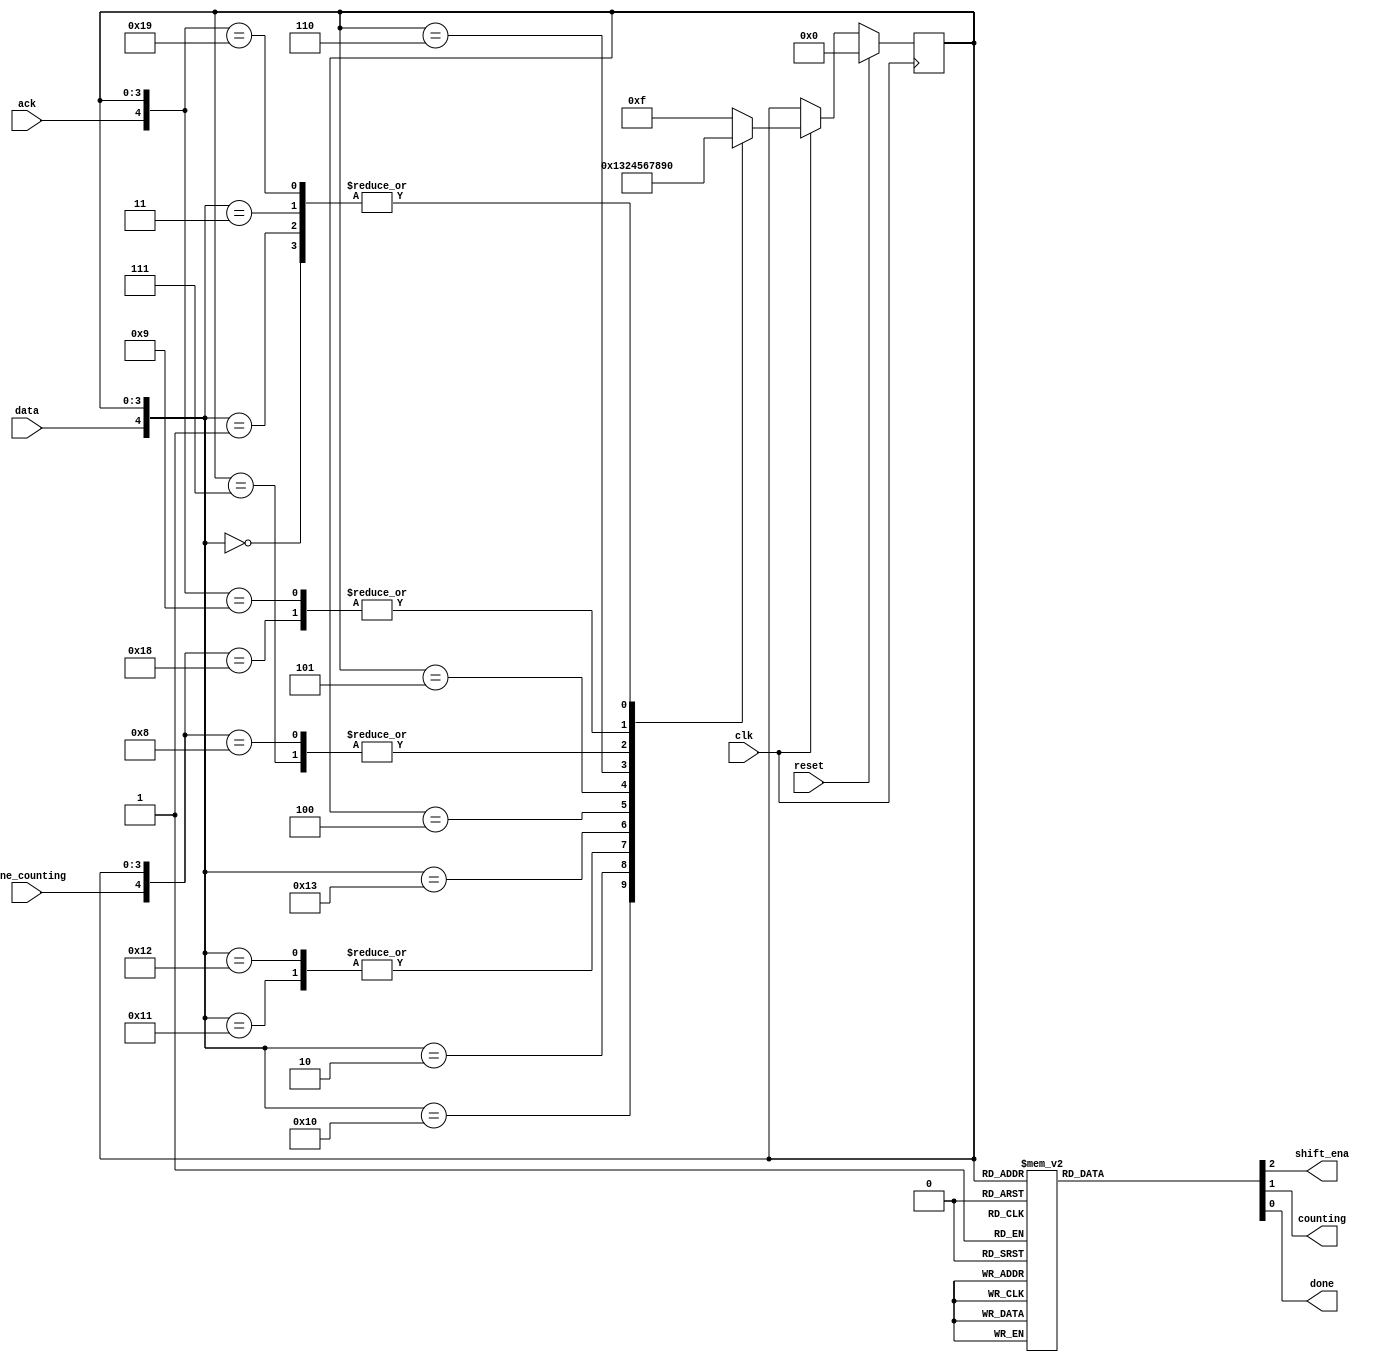
/*

Copyright 2022 Marc Ketel
SPDX-License-Identifier: Apache-2.0

*/

`default_nettype none

module top_module (
    input  wire clk,
    input  wire reset,
    input  wire data,
    output reg  shift_ena,
    output reg  counting,
    input  wire done_counting,
    output reg  done,
    input  wire ack
);

  parameter STATE_S = 4'h0;
  parameter STATE_S1 = 4'h1;
  parameter STATE_S11 = 4'h2;
  parameter STATE_S110 = 4'h3;
  parameter STATE_B0 = 4'h4;
  parameter STATE_B1 = 4'h5;
  parameter STATE_B2 = 4'h6;
  parameter STATE_B3 = 4'h7;
  parameter STATE_Count = 4'h8;
  parameter STATE_Wait = 4'h9;
  parameter STATE_ILLEGAL = 4'hF;

  reg [3:0] state = STATE_S, next_state = STATE_S;
  reg [3:0] q = 4'b0;

  //Determine next state.
  always @(*) begin
    casez ({
      data, done_counting, ack, state
    })
      {3'b0zz, STATE_S} : next_state = STATE_S;
      {3'b1zz, STATE_S} : next_state = STATE_S1;
      {3'b0zz, STATE_S1} : next_state = STATE_S;
      {3'b1zz, STATE_S1} : next_state = STATE_S11;
      {3'b0zz, STATE_S11} : next_state = STATE_S110;
      {3'b1zz, STATE_S11} : next_state = STATE_S11;
      {3'b0zz, STATE_S110} : next_state = STATE_S;
      {3'b1zz, STATE_S110} : next_state = STATE_B0;
      {3'bzzz, STATE_B0} : next_state = STATE_B1;
      {3'bzzz, STATE_B1} : next_state = STATE_B2;
      {3'bzzz, STATE_B2} : next_state = STATE_B3;
      {3'bzzz, STATE_B3} : next_state = STATE_Count;
      {3'bz0z, STATE_Count} : next_state = STATE_Count;
      {3'bz1z, STATE_Count} : next_state = STATE_Wait;
      {3'bzz0, STATE_Wait} : next_state = STATE_Wait;
      {3'bzz1, STATE_Wait} : next_state = STATE_S;
      default: next_state = STATE_ILLEGAL;
    endcase
  end

  //State transition.
  always @(posedge clk) begin
    if (reset) state <= STATE_S;
    else if (clk) state <= next_state;

    if (shift_ena) q <= {q[2:0], data};
    if (counting) q <= q - 1'b1;
  end

  //Determine output.
  always @(*) begin
    case (state)
      STATE_S, STATE_S1, STATE_S11, STATE_S110: {shift_ena, counting, done} = 3'b000;
      STATE_B0, STATE_B1, STATE_B2, STATE_B3: {shift_ena, counting, done} = 3'b100;
      STATE_Count: {shift_ena, counting, done} = 3'b010;
      STATE_Wait: {shift_ena, counting, done} = 3'b001;
      default: {shift_ena, counting, done} = 3'bxxx;
    endcase
  end

endmodule